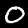
Label: 0